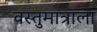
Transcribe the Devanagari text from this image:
वस्तुमात्राला